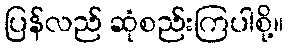
ပြန်လည် ဆုံစည်းကြပါစို့။